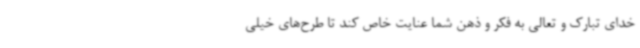
خدای تبارک و تعالی به فکر و ذهن شما عنایت خاص کند تا طرح‌های خیلی